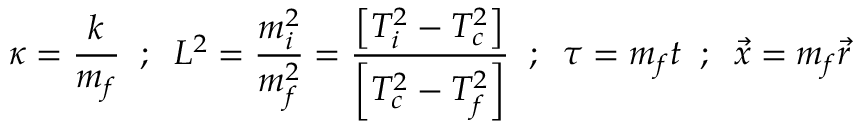
\kappa = \frac { k } { m _ { f } } \; \; ; \; \; L ^ { 2 } = \frac { m _ { i } ^ { 2 } } { m _ { f } ^ { 2 } } = \frac { \left[ T _ { i } ^ { 2 } - T _ { c } ^ { 2 } \right] } { \left[ T _ { c } ^ { 2 } - T _ { f } ^ { 2 } \right] } \; \; ; \; \; \tau = m _ { f } t \; \; ; \; \; \vec { x } = m _ { f } \vec { r }